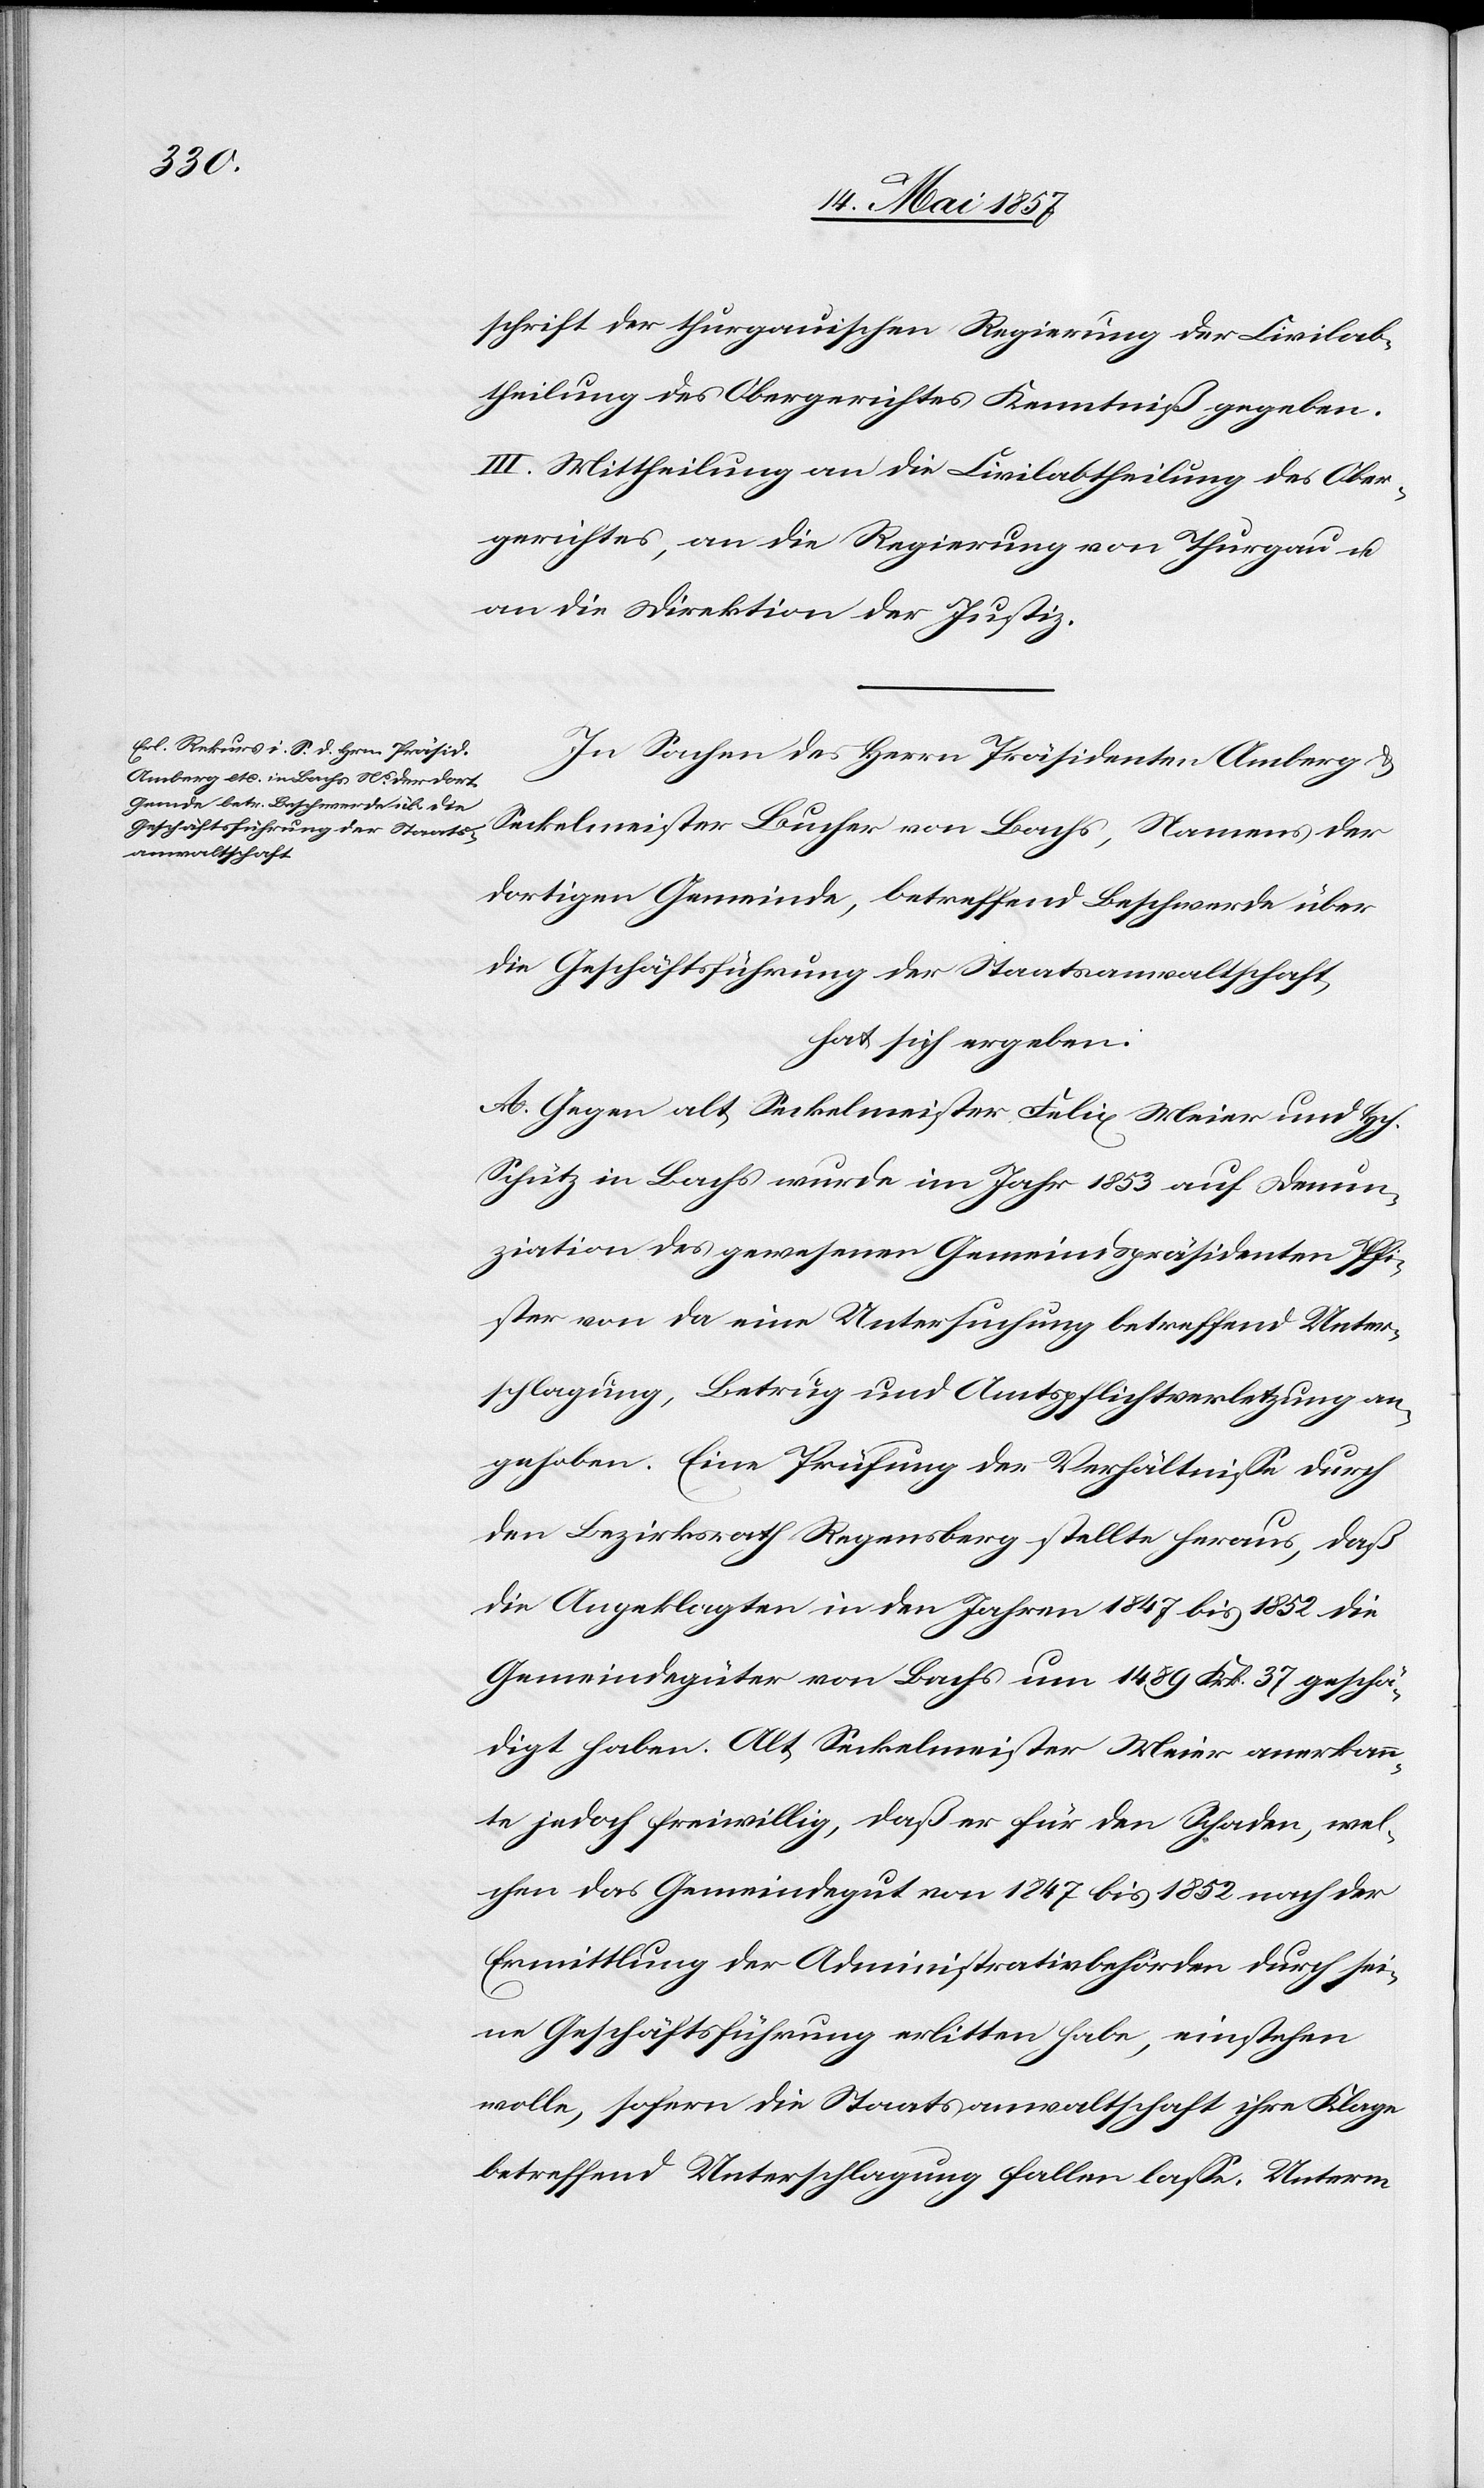
schrift der thurgauischen Regierung der Civilab¬
theilung des Obergerichtes Kenntniß gegeben.
III. Mittheilung an die Civilabtheilung des Ober¬
gerichtes, an die Regierung von Thurgau &
an die Direktion der Justiz.
In Sachen des Herrn Präsidenten Amberg &
Seckelmeister Bucher von Bachs, Namens der
dortigen Gemeinde, betreffend Beschwerde über
die Geschäftsführung der Staatsanwaltschaft,
hat sich ergeben:
A. Gegen alt Seckelmeister Felix Meier und Hch.
Schütz in Bachs wurde im Jahr 1853 auf Denun¬
ziation des gewesenen Gemeindspräsidenten Pfi¬
ster von da eine Untersuchung betreffend Unter¬
schlagung, Betrug und Amtspflichtverletzung an¬
gehoben. Eine Prüfung der Verhältnisse durch
den Bezirksrath Regensberg stellte heraus, daß
die Angeklagten in den Jahren 1847 bis 1852 die
Gemeindgüter von Bachs um 1489 Frk. 37 geschä¬
digt haben. Alt Seckelmeister Meier anerkann¬
te jedoch freiwillig, daß er für den Schaden, wel¬
chen das Gemeindegut von 1847 bis 1852 nach der
Ermittlung der Administrativbehörden durch sei¬
ne Geschäftsführung erlitten habe, einstehen
wolle, sofern die Staatsanwaltschaft ihre Klage
betreffend Unterschlagung fallen lasse. Unterm